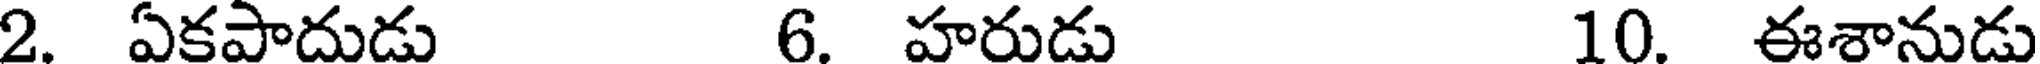
2. ఏకపాదుడు 6. హరుడు 10. ఈశానుడు